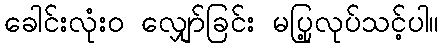
ခေါင်းလုံးဝ လျှော်ခြင်း မပြု့လုပ်သင့်ပါ။